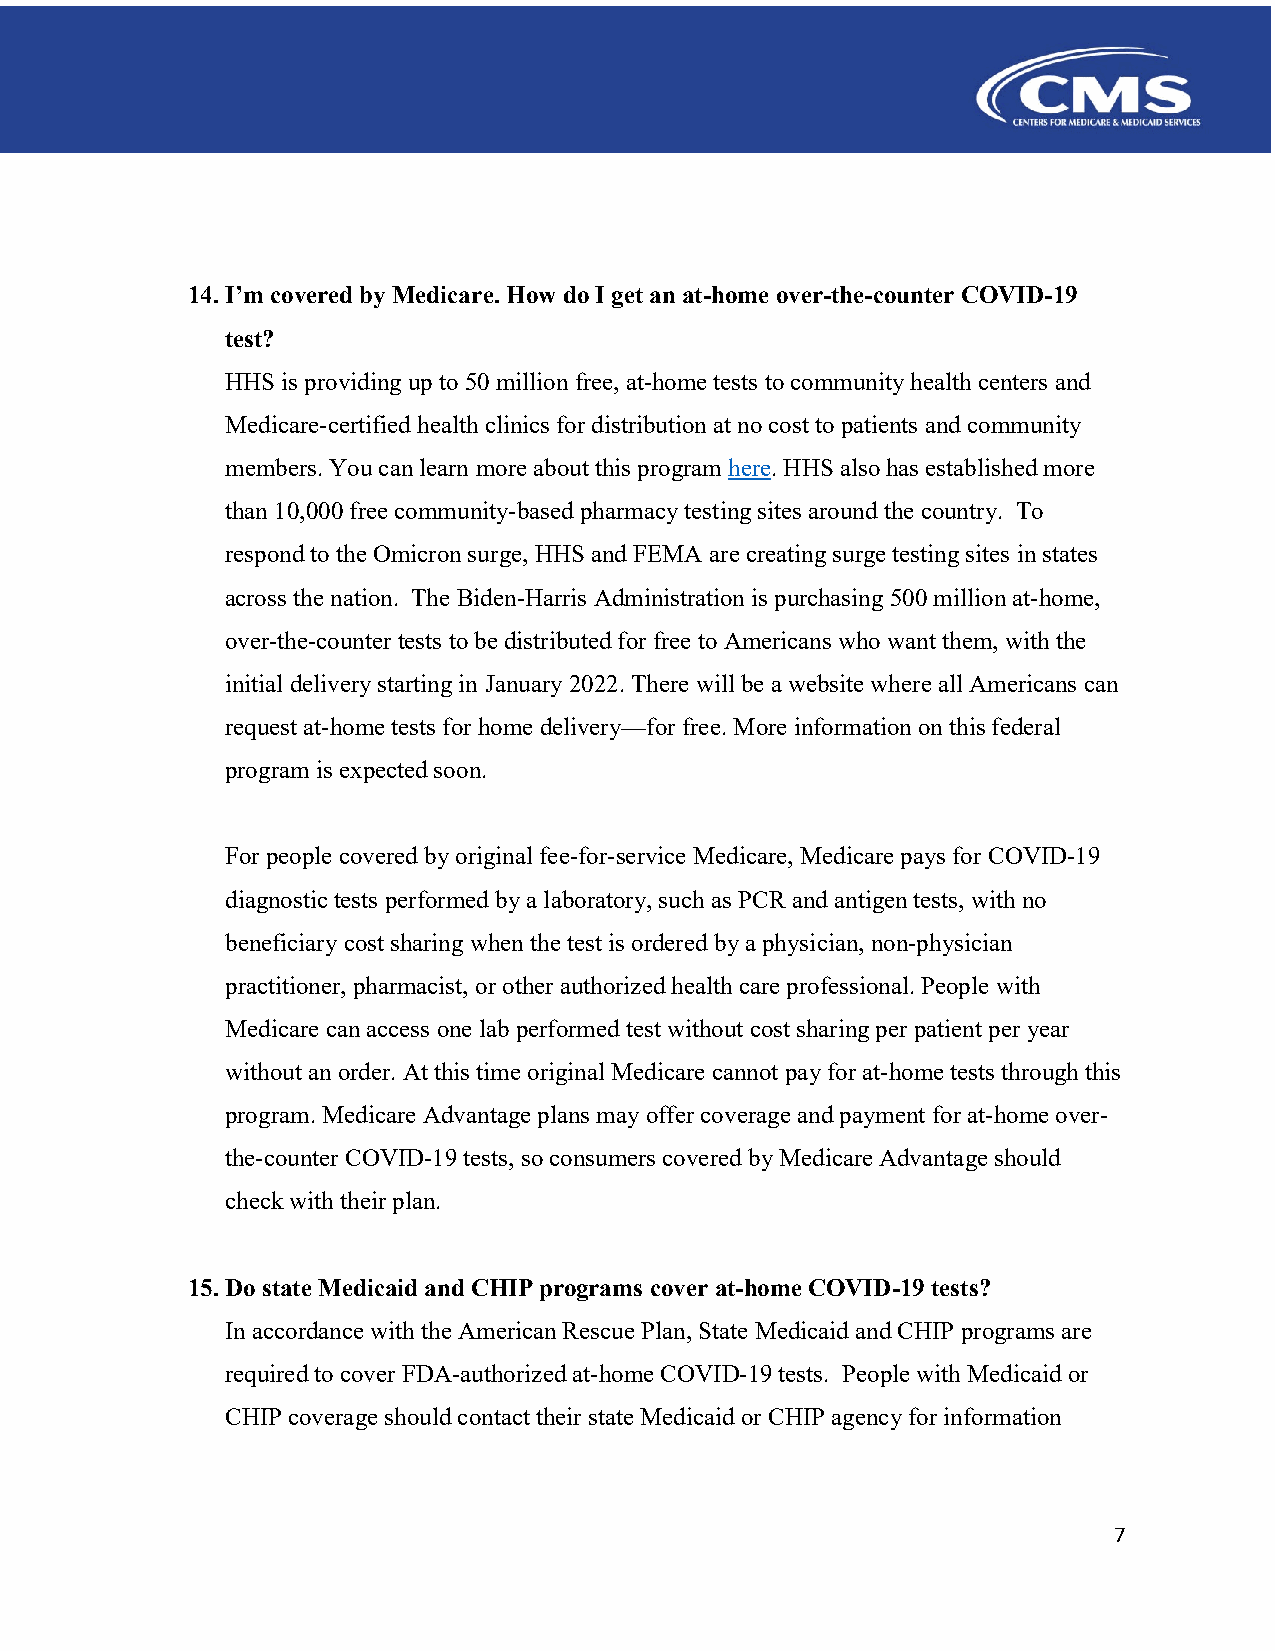
14. I’m covered by Medicare. How do I get an at-home over-the-counter COVID-19
 test?
 HHS is providing up to 50 million free, at-home tests to community health centers and
 Medicare-certified health clinics for distribution at no cost to patients and community
 members. You can learn more about this program here. HHS also has established more
 than 10,000 free community-based pharmacy testing sites around the country. To
 respond to the Omicron surge, HHS and FEMA are creating surge testing sites in states
 across the nation. The Biden-Harris Administration is purchasing 500 million at-home,
 over-the-counter tests to be distributed for free to Americans who want them, with the
 initial delivery starting in January 2022. There will be a website where all Americans can
 request at-home tests for home delivery—for free. More information on this federal
 program is expected soon.
 For people covered by original fee-for-service Medicare, Medicare pays for COVID-19
 diagnostic tests performed by a laboratory, such as PCR and antigen tests, with no
 beneficiary cost sharing when the test is ordered by a physician, non-physician
 practitioner, pharmacist, or other authorized health care professional. People with
 Medicare can access one lab performed test without cost sharing per patient per year
 without an order. At this time original Medicare cannot pay for at-home tests through this
 program. Medicare Advantage plans may offer coverage and payment for at-home over-
 the-counter COVID-19 tests, so consumers covered by Medicare Advantage should
 check with their plan.
 15. Do state Medicaid and CHIP programs cover at-home COVID-19 tests?
 In accordance with the American Rescue Plan, State Medicaid and CHIP programs are
 required to cover FDA-authorized at-home COVID-19 tests. People with Medicaid or
 CHIP coverage should contact their state Medicaid or CHIP agency for information
 7